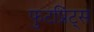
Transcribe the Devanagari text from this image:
फुटप्रिंट्स